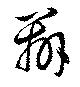
辧